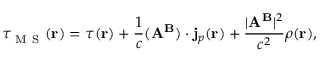
\tau _ { \mathrm { ~ M ~ S ~ } } ^ { } ( \mathbf { r } ) = \tau ( \mathbf { r } ) + \frac { 1 } { c } ( \mathbf { A } ^ { \mathbf { B } } ) \cdot \mathbf { j } _ { p } ( \mathbf { r } ) + \frac { | \mathbf { A } ^ { \mathbf { B } } | ^ { 2 } } { c ^ { 2 } } \rho ( \mathbf { r } ) ,